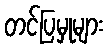
တင်ပြမှုများ